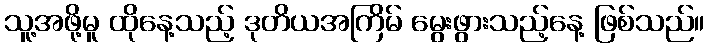
သူ့အဖို့မူ ထိုနေ့သည့် ဒုတိယအကြိမ် မွေးဖွားသည့်နေ့ ဖြစ်သည်။